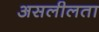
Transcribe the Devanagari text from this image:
असलीलता